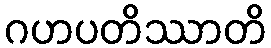
ဂဟပတိဿာတိ